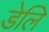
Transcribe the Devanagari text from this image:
डेलि